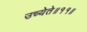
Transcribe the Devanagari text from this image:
उच्येते॥११॥